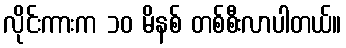
လိုင်းကားက ၁၀ မိနစ် တစ်စီးလာပါတယ်။